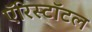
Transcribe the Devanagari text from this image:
ऍरिस्टॉटल